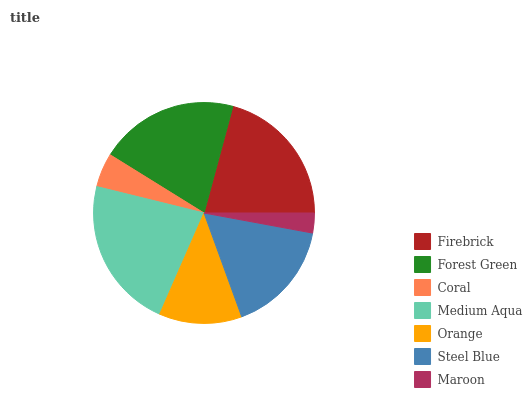
| Firebrick | Forest Green | Coral | Medium Aqua | Orange | Steel Blue | Maroon |
 | --- | --- | --- | --- | --- | --- | --- |
 | 20.8% | 20.4% | 4.99% | 22.3% | 12.1% | 16.5% | 2.91% |